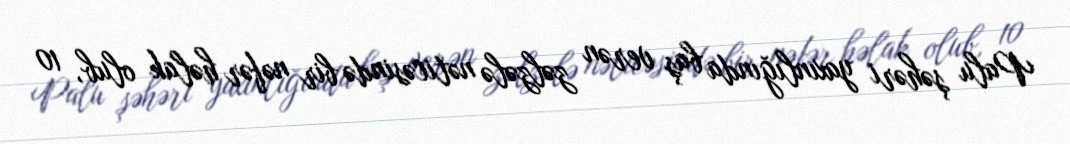
Palu şəhəri yaxınlığında baş verən zəlzələ nəticəsində bir nəfər həlak olub, 10